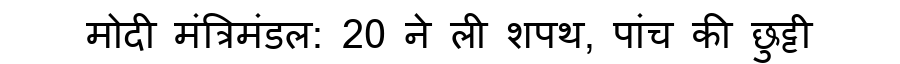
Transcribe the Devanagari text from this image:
मोदी मंत्रिमंडल: 20 ने ली शपथ, पांच की छुट्टी